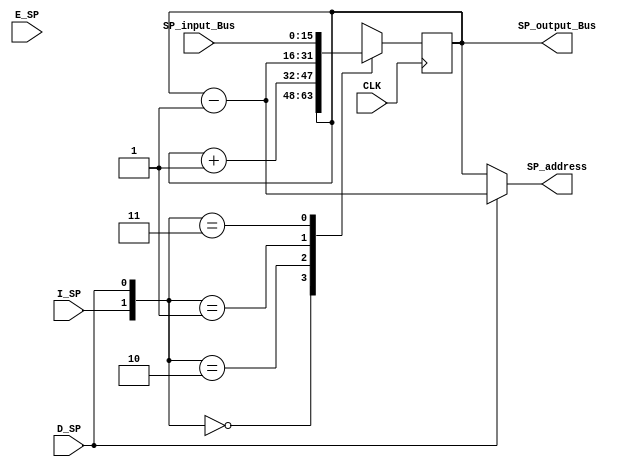
`timescale 1ns / 1ps

module StackPointer(
input				I_SP,
input               D_SP,
input               E_SP,
//input               L_SP,
input				CLK,
input       [15:0]   SP_input_Bus,
output      [15:0]   SP_output_Bus,
output      [15:0]	SP_address// Input to Address Selector
);                        

reg [15:0] SP_address_reg;

initial
	SP_address_reg = 16'h0000;

assign SP_output_Bus = SP_address_reg;
assign SP_address = D_SP?(SP_address_reg-1):SP_address_reg;
always @(posedge CLK)
begin
	case({I_SP,D_SP})
	2'b00:	SP_address_reg <= SP_address_reg;// No Stack operation
	2'b10:	SP_address_reg <= SP_address_reg+1;// I_SP =1 
	2'b01:	SP_address_reg <= SP_address_reg-1;// D_SP = 1
    2'b11: 	SP_address_reg <= SP_input_Bus;	//L_SP = 1
	endcase
end                                         

endmodule